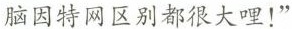
脑因特网区别都很大哩！”